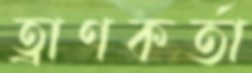
ত্রাণকর্তা